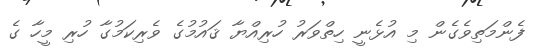
ފެންމަތިވެގެން މި އުޅެނީ ހިތްވަރު ހުރިއްޔާ ޤައުމުގެ ވެރިކަމުގާ ހުރި މީހާ ގެ